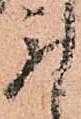
取